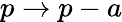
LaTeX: p\to p-a